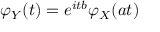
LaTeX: \varphi _ { Y } ( t ) = e ^ { i t b } \varphi _ { X } ( a t )